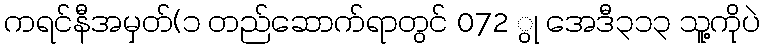
ကရင်နီအမှတ်(၁ တည်ဆောက်ရာတွင် 072 ွု အေဒီ၃၁၃ သူ့ကိုပဲ